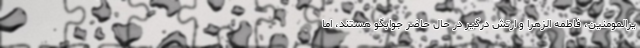
یرالمومنین، فاطمه الزهرا و ارتش درگیر در حال حاضر جوابگو هستند، اما